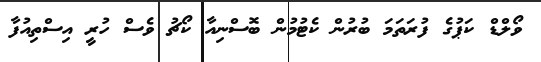
ވޯލްޑް ކަޕުގެ ފުރަތަމަ ބުރުން ކެޓުމުން ބޮސްނިއާ ކޯޗު ވެސް ހުރީ އިސްތިއުފާ